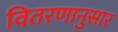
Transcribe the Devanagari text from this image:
वितरणानुसार